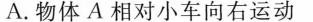
A.物体A相对小车向右运动